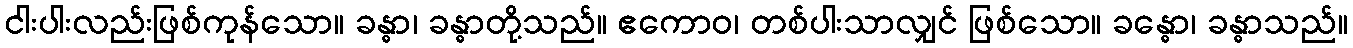
ငါးပါးလည်းဖြစ်ကုန်သော။ ခန္ဓာ၊ ခန္ဓာတို့သည်။ ဧကောဝ၊ တစ်ပါးသာလျှင် ဖြစ်သော။ ခန္ဓော၊ ခန္ဓာသည်။